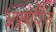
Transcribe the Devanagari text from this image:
अप्रयाशित